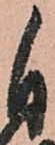
自